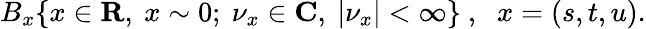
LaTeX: B_{x}\{ x\in{\mathbf R},\ x\sim 0;\ {\nu}_{x}\in{\mathbf C},\ |{\nu}_{x}|<\infty\} \ ,\, \, \ x=(s,t,u).